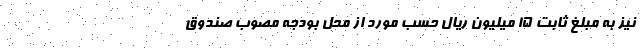
نیز به مبلغ ثابت ۱۵ میلیون ریال حسب مورد از محل بودجه مصوب صندوق